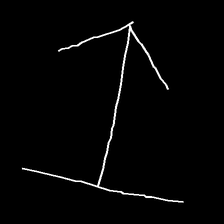
Glyph: levitation